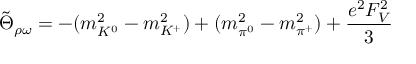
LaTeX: \tilde { \Theta } _ { \rho \omega } = - ( m _ { K ^ { 0 } } ^ { 2 } - m _ { K ^ { + } } ^ { 2 } ) + ( m _ { \pi ^ { 0 } } ^ { 2 } - m _ { \pi ^ { + } } ^ { 2 } ) + \frac { e ^ { 2 } F _ { V } ^ { 2 } } { 3 }